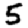
Digit: 5